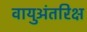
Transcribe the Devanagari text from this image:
वायुअंतरिक्ष